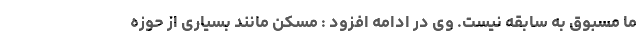
ما مسبوق به سابقه نیست. وی در ادامه افزود : مسکن مانند بسیاری از حوزه